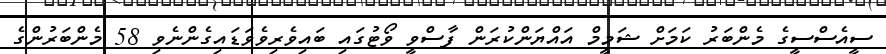
ސީއެސްސީގެ މެންބަރު ކަމަށް ޝަމީމް އައްޔަންކުރަން ފާސްވީ ވޯޓުގައި ބައިވެރިވެވަޑައިގެންނެވި 58 މެންބަރުންގެ